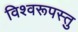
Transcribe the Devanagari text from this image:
विश्वरूपस्तु